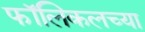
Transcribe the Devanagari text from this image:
फॉलिकलच्या